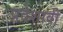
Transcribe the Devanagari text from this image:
प्रदेशावी